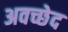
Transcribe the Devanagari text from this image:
अवच्छेद